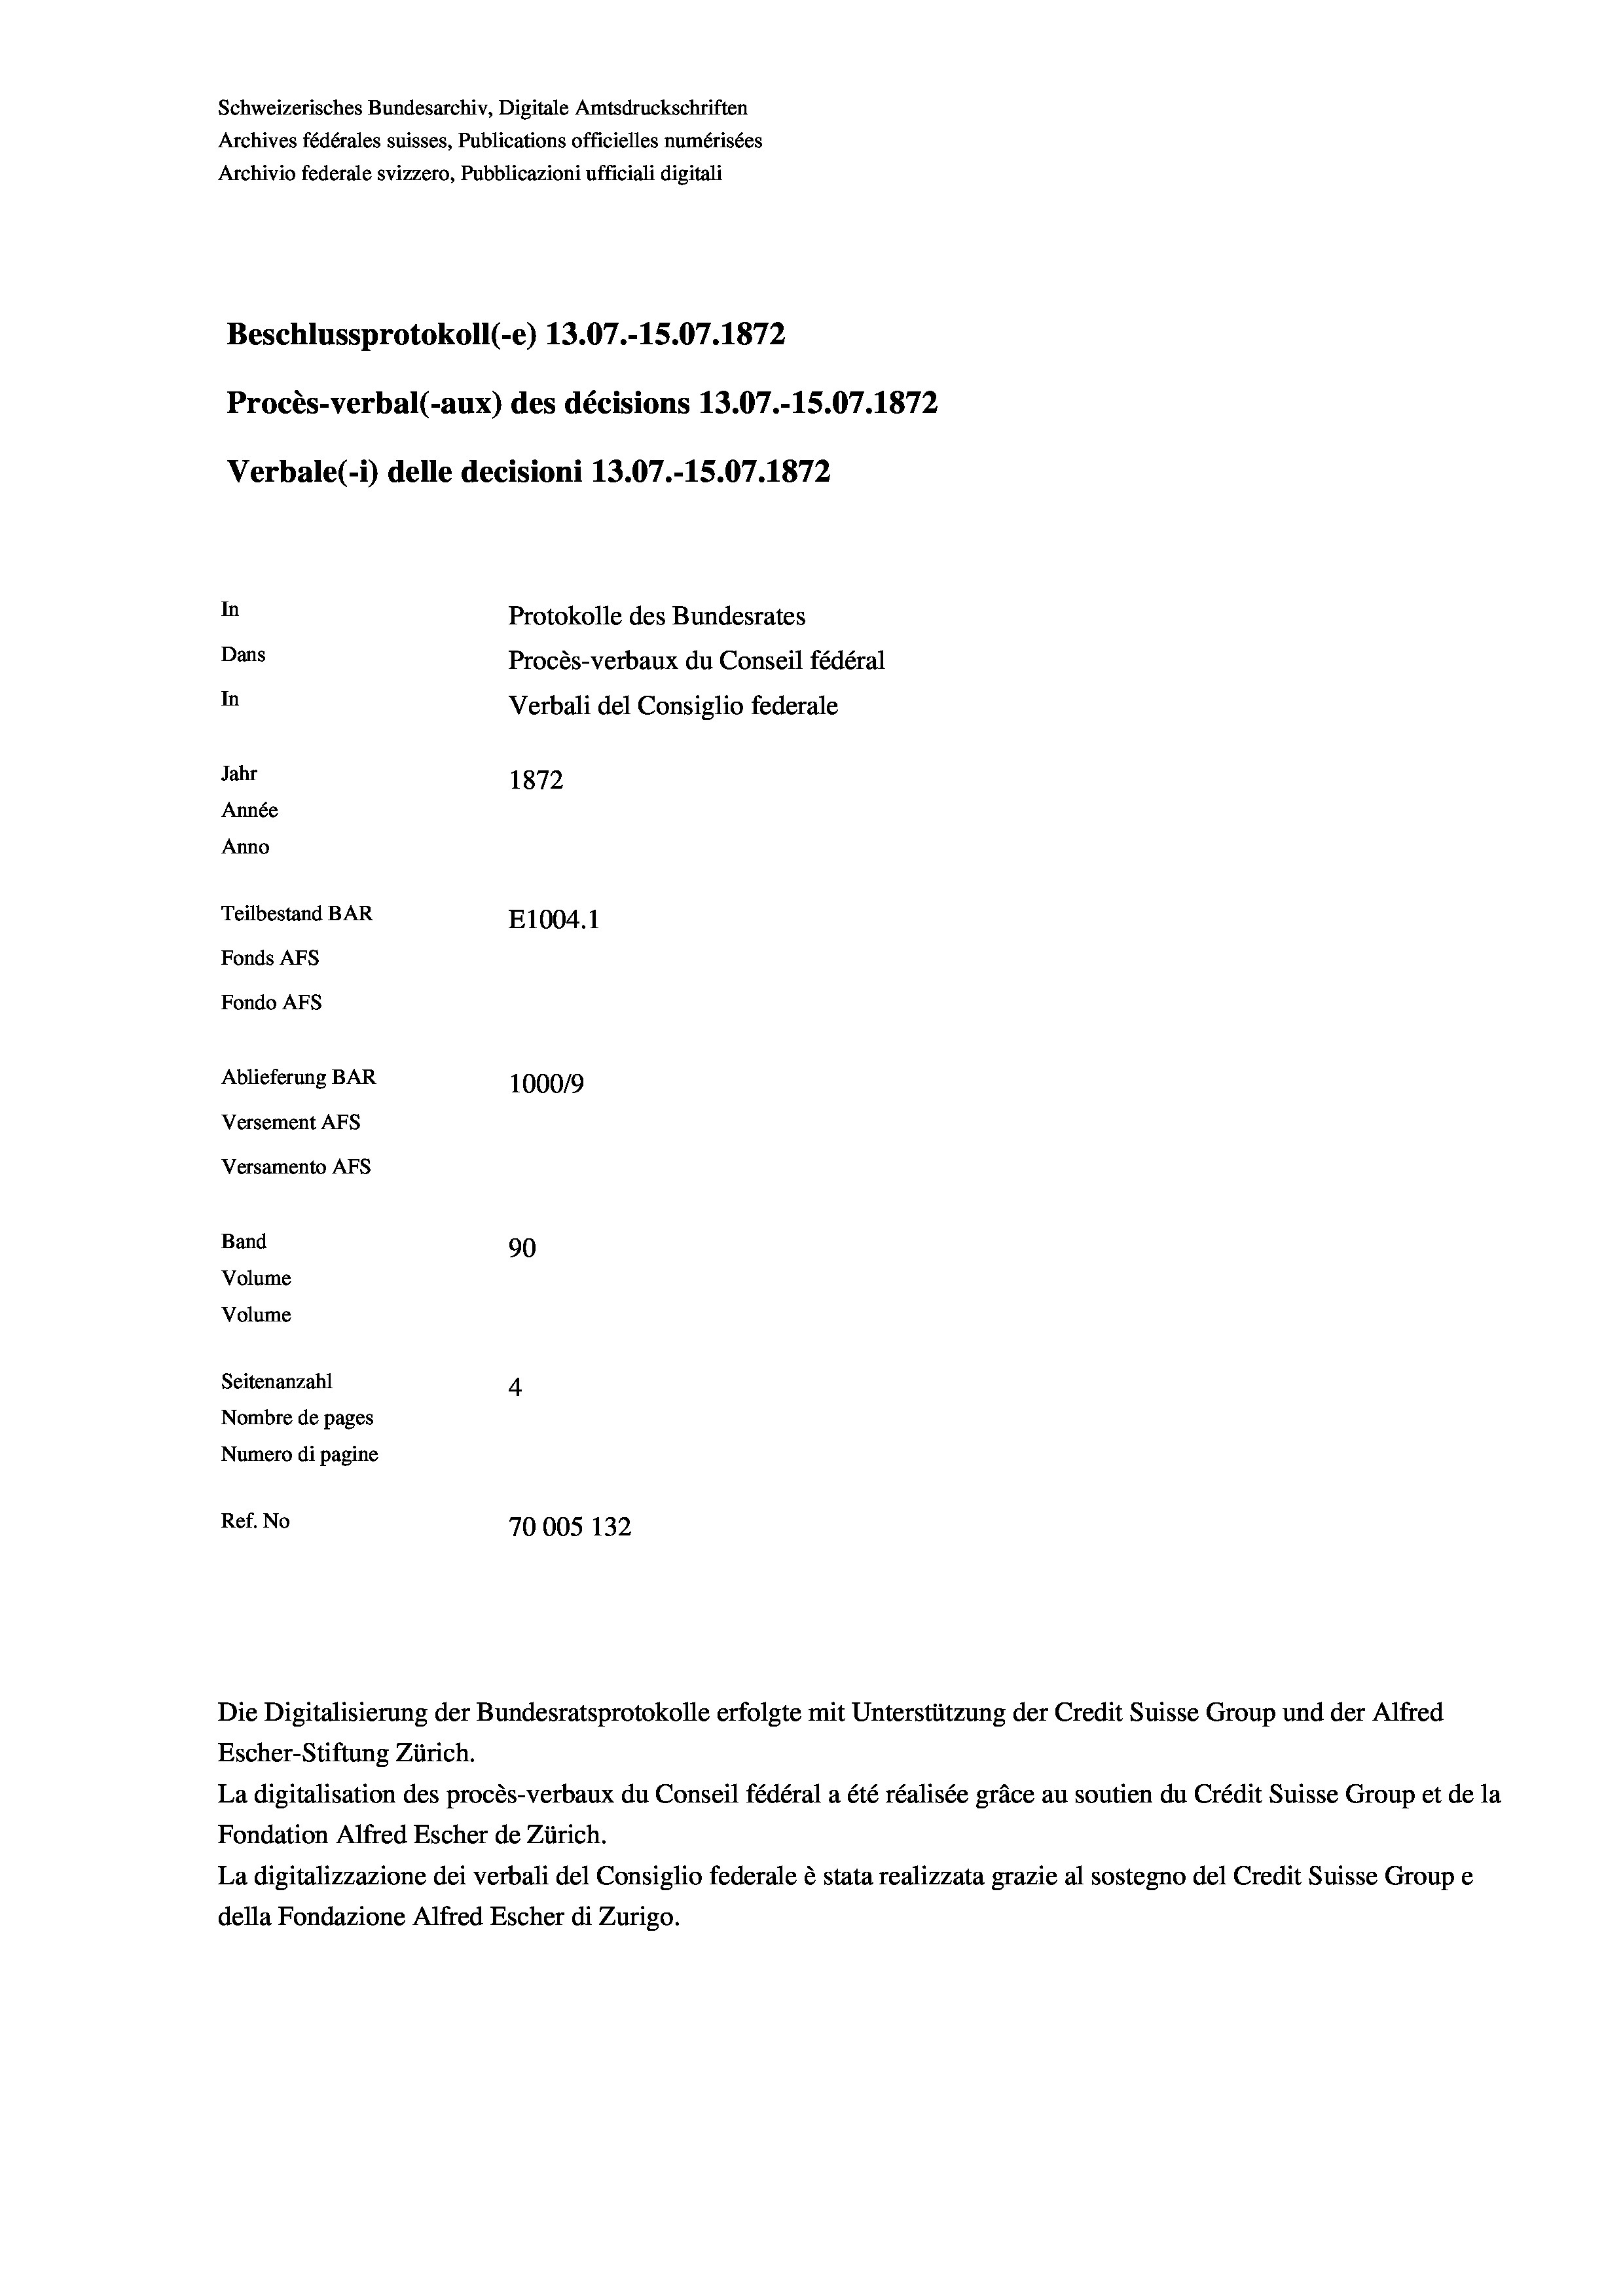
Schweizerisches Bundesarchiv, Digitale Amtsdruckschriften
Archives fédérales suisses, Publications officielles numérisées
Archivio federale svizzero, Pubblicazioni ufficiali digitali
Beschlussprotokoll (-e) 13.07.-15.07. 1872
Procès-verbal (-aux) des décisions 13.07.-15.07. 1872
Verbale (- 1) delle decisioni 13.07.-15.07. 1872
In
Protokolle des Bundesrates
Dans
Procès-verbaux du Conseil fédéral
In
Verbali del Consiglio federale
Jahr
1872
Année
Anno
Teilbestand BAR
E1004. 1
Fonds AFs
Fondo AFs
Ablieferung BAR
100019
Versement AFs
Versamento AFs

Band
Volume
Volume

90
Seitenanzahl
4
Nombre de pages
Numero di pagine
Ref. No
70005 132

Escher-Stiftung Zürich.
La digitalisation des procès-verbaux du Conseil fédéral a été réalisée gräce au soutien du Crédit Suisse Group et de la
Fondation Alfred Escher de Zürich.
La digitalizzazione dei verbali del Consiglio federale è stata realizzata grazie al sostegno del Credit Suisse Groupe
della Fondazione Alfred Escher di Zurigo.

Die Digitalisierung der Bundesratsprotokolle erfolgte mit Unterstützung der Credit Suisse Group und der Alfred